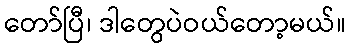
တော်ပြီ၊ ဒါတွေပဲဝယ်တော့မယ်။